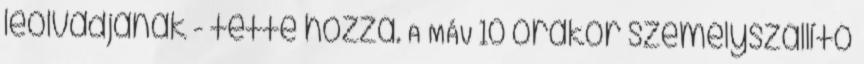
leolvadjanak - tette hozzá. A MÁV 10 órakor személyszállító